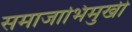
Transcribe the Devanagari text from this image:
समाजाभिमुखी